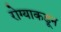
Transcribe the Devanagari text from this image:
रोग्याकडून